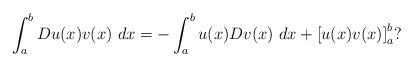
LaTeX: \begin{align*}\int_{a}^{b}Du(x)v(x)\ dx=-\int_{a}^{b}u(x)Dv(x)\ dx+\left[ u(x)v(x)\right]_{a}^{b}? \end{align*}